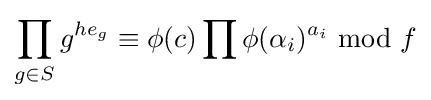
\prod _{g\in S}g^{he_{g}}\equiv \phi (c)\prod \phi (\alpha _{i})^{a_{i}}{\text{ mod }}f